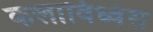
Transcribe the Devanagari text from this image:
कलाविध्वंस